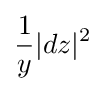
{\frac {1}{y}}|dz|^{2}